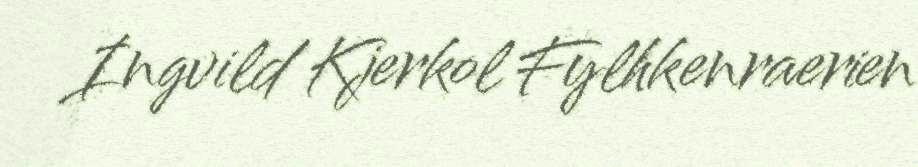
Ingvild Kjerkol Fylhkenraerien